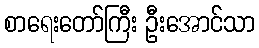
စာရေးတော်ကြီး ဦးအောင်သာ